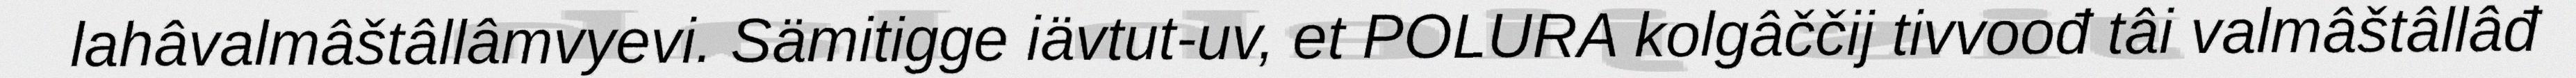
lahâvalmâštâllâmvyevi. Sämitigge iävtut-uv, et POLURA kolgâččij tivvoođ tâi valmâštâllâđ